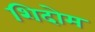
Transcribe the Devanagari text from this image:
शिदोम